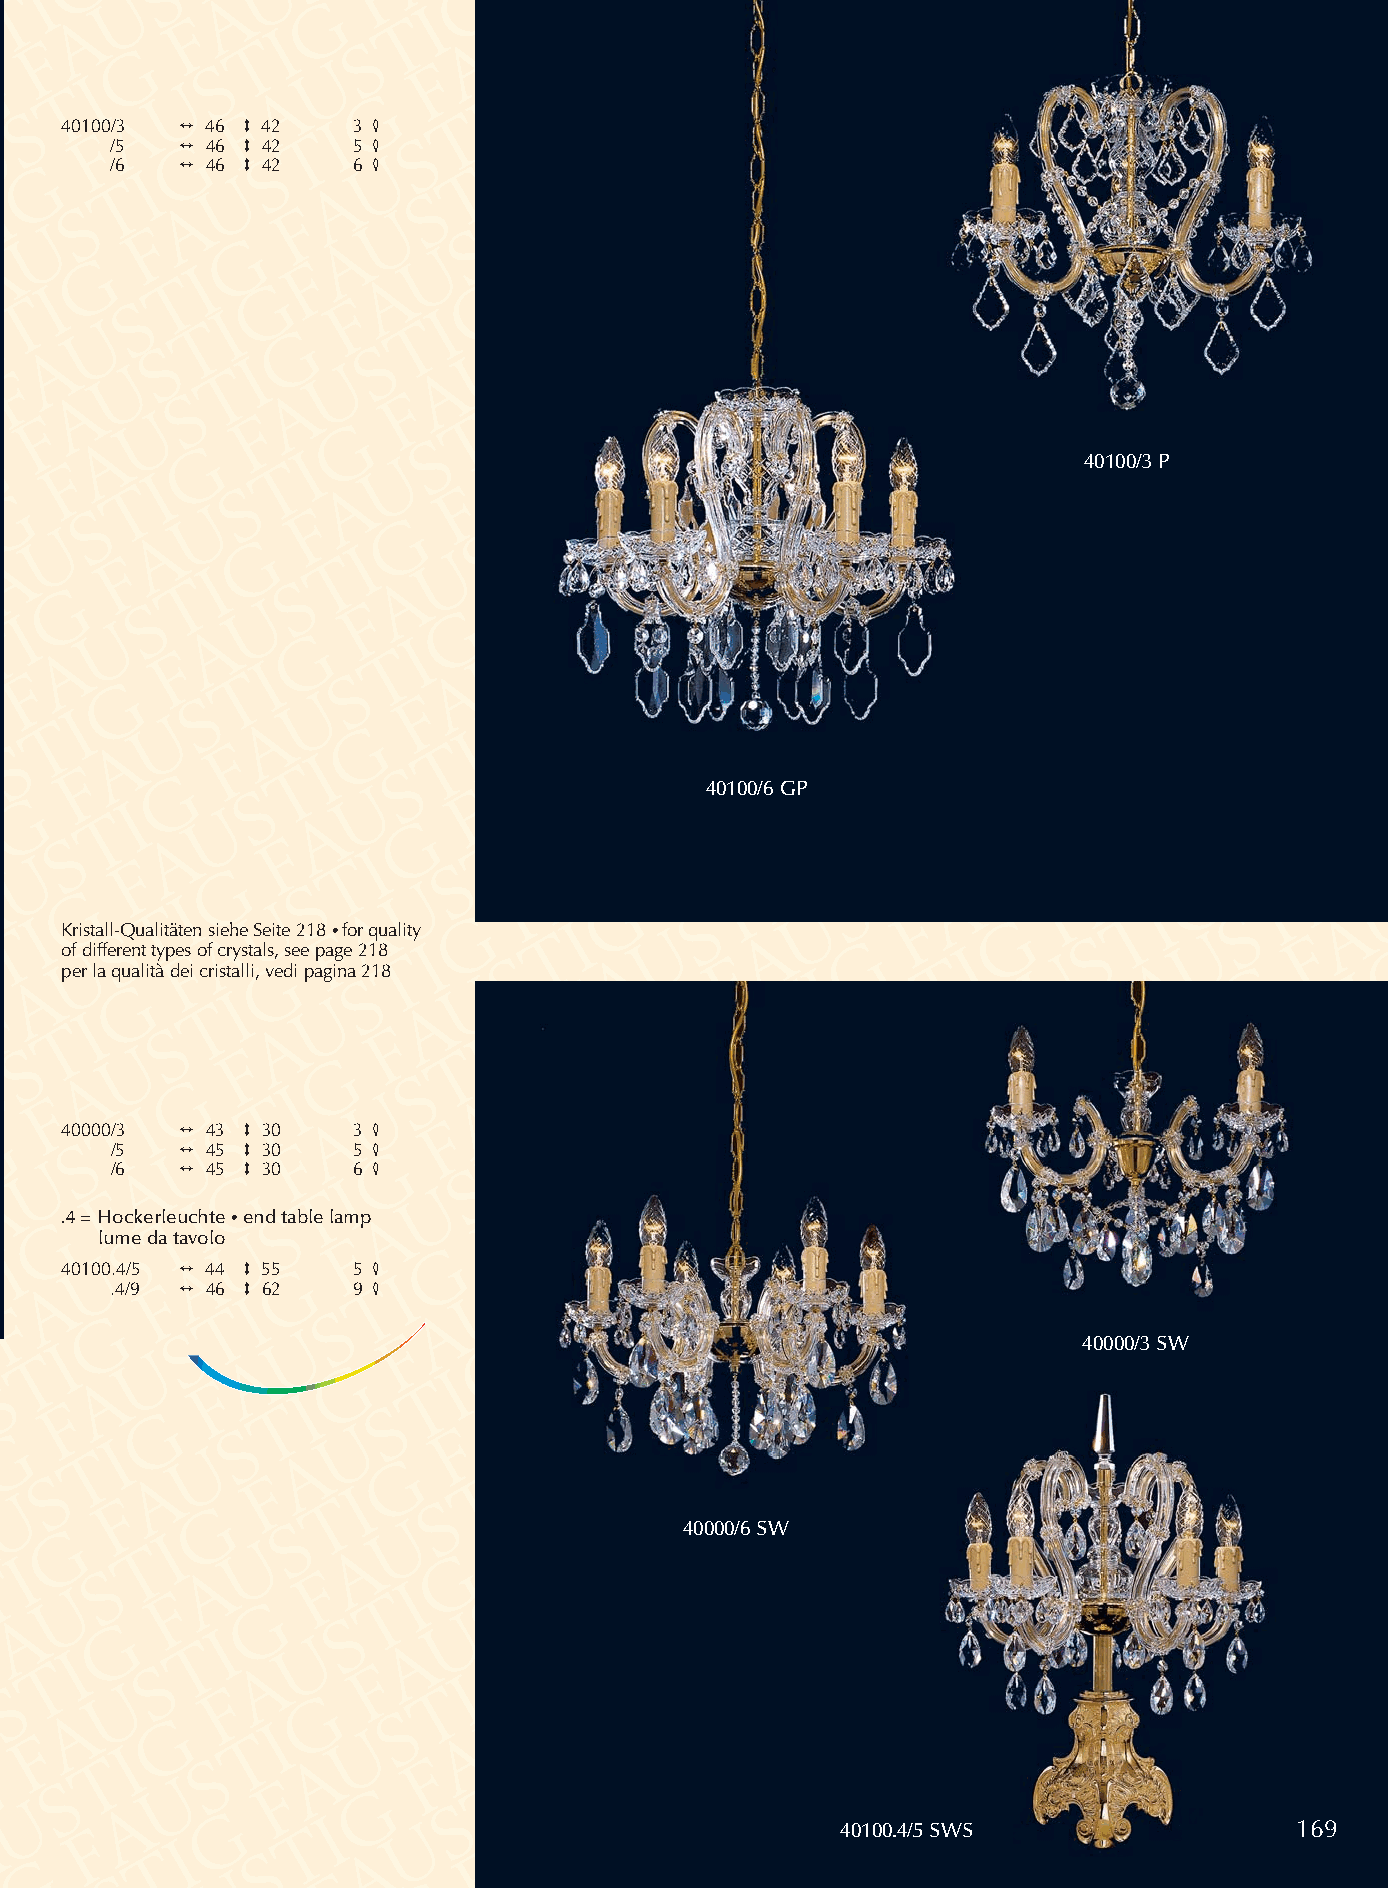
40100/3 2 46 3 42  3 4
 /5   2 46 3 42  5 4
 /6   2 46 3 42  6 4
 40100/3 P
 40100/6 GP
 Kristall-Qualitäten siehe Seite 218 •for quality
 of different types of crystals, see page 218
 per la qualità dei cristalli, vedi pagina 218
 40000/3 2 43 3 30  3 4
 /5   2 45 3 30  5 4
 /6   2 45 3 30  6 4
 .4 = Hockerleuchte •end table lamp
 lume da tavolo
 40100.4/5 2 44 3 55 5 4
 .4/9 2 46 3 62  9 4
 40000/3 SW
 40000/6 SW
 40100.4/5 SWS                 169